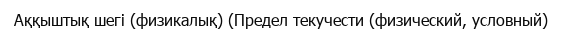
Аққыштық шегі (физикалық) (Предел текучести (физический, условный)